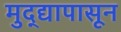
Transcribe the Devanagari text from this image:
मुद्द्यापासून